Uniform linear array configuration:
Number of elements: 16
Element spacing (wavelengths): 1
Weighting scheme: exponential
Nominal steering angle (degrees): -45
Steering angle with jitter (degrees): -44.949
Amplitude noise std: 0.05
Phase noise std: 0.05

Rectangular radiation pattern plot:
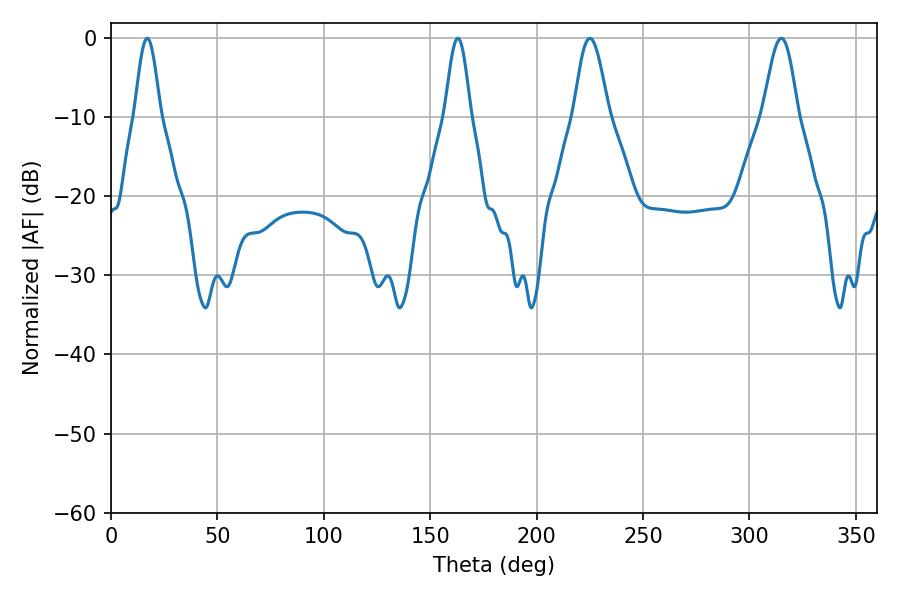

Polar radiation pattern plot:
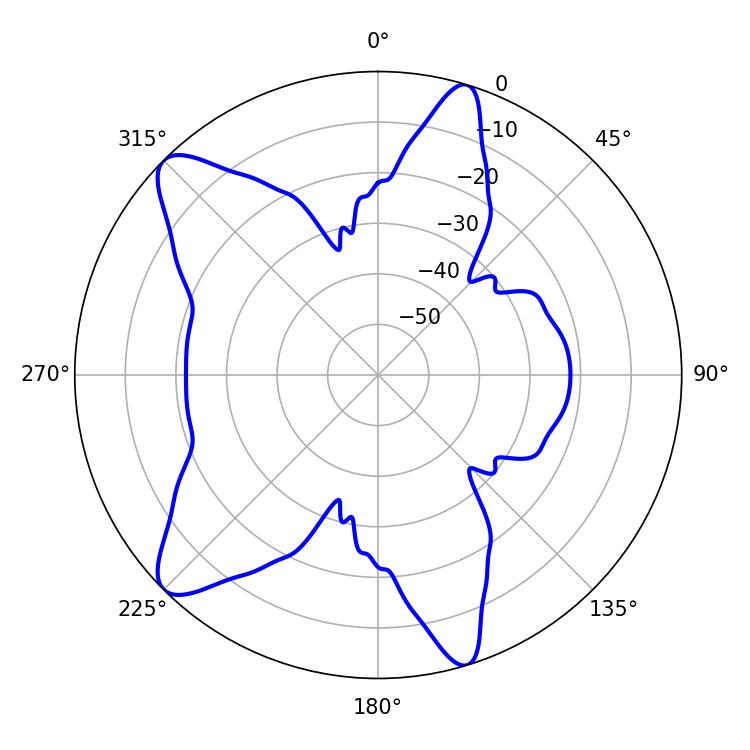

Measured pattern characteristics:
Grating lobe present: TRUE
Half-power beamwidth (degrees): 8.64
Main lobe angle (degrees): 225